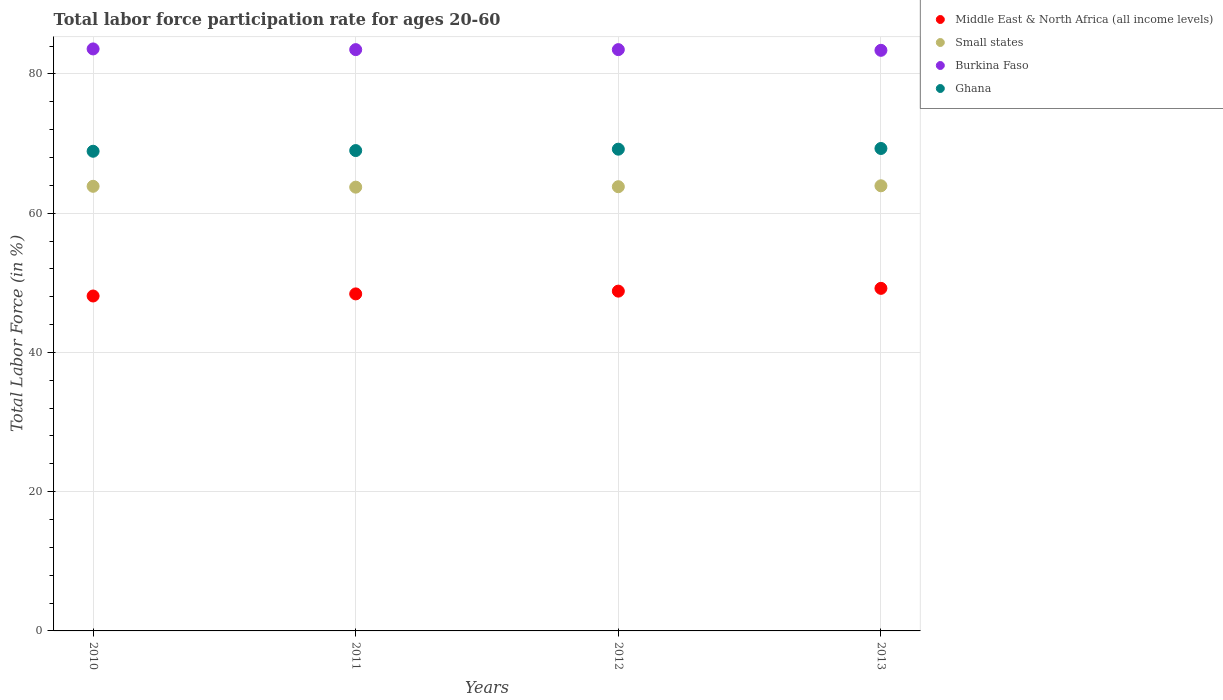
| Years | Middle East & North Africa (all income levels) | Small states | Burkina Faso | Ghana |
 | --- | --- | --- | --- | --- |
 | 2010 | 48.1 | 63.9 | 83.6 | 68.9 |
 | 2011 | 48.4 | 63.7 | 83.5 | 69 |
 | 2012 | 48.8 | 63.8 | 83.5 | 69.2 |
 | 2013 | 49.2 | 63.9 | 83.4 | 69.3 |